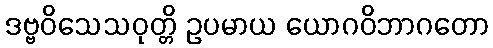
ဒဗ္ဗဝိသေသဝုတ္တိ ဥပမာယ ယောဂဝိဘာဂတော